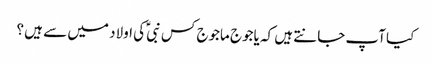
کیا آپ جانتے ہیں کہ یاجوج ماجوج کس نبیؑ کی اولاد میں سے ہیں ؟